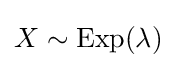
X\sim \mathrm {Exp} (\lambda )